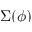
\Sigma ( \phi )